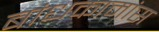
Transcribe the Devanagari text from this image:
बांधकामांस